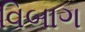
વિબાગ